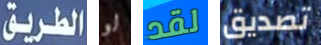
الطريق لو لقد تصديق